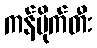
ကန်ပိုက်တီး